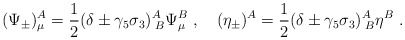
\begin{align*}(\Psi_{\pm})_\mu^A=\frac{1}{2}(\delta\pm\gamma_5\sigma_{3})^{A}_{\;B}\Psi_\mu^B\ ,\quad (\eta_{\pm})^A=\frac{1}{2}(\delta\pm\gamma_5\sigma_{3})^{A}_{\;B}\eta^B\ .\end{align*}